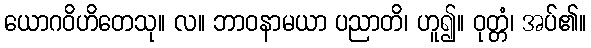
ယောဂဝိဟိတေသု။ လ။ ဘာဝနာမယာ ပညာတိ၊ ဟူ၍။ ဝုတ္တံ၊ အပ်၏။